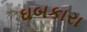
ઘબકારા